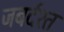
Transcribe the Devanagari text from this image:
जबर्दश्त